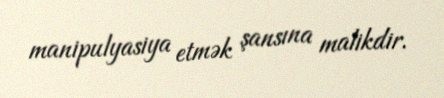
manipulyasiya etmək şansına malikdir.